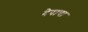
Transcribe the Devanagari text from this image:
देवाणा